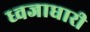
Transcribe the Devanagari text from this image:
ध्वजाधारी